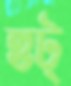
হুট্